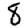
Digit: 8